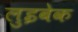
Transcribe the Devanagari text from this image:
लुइबेक